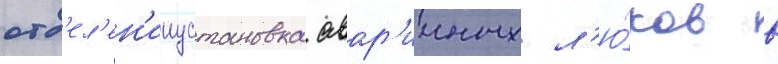
отд'ел'ен'ииустановка авар'ииных л'ю́ков в